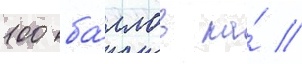
100 ба́ллов на́ //